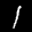
Label: 1